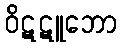
ဝိဋဋူဘော